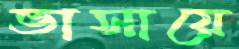
ভাসায়ে